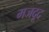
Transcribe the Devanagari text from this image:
मजदूद